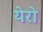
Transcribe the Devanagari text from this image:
येरो